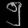
Digit: ၅